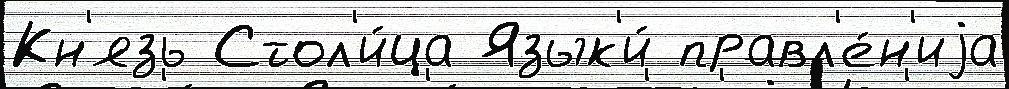
Кн'язь Стол'и́ца Язык'и́ правл'е́н'иjа